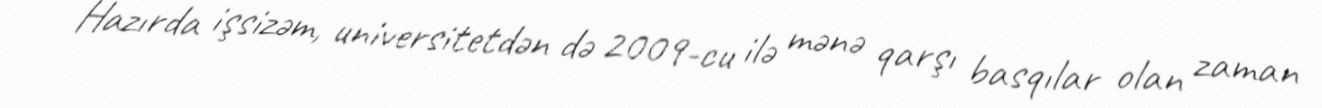
- Hazırda işsizəm, universitetdən də 2009-cu ilə mənə qarşı basqılar olan zaman